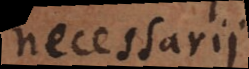
necessarii